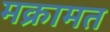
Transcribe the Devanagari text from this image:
मक्रामत